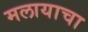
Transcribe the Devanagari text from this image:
मलायाचा